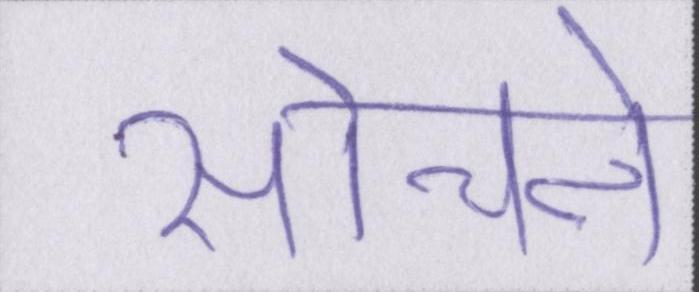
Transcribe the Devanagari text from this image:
सोचने